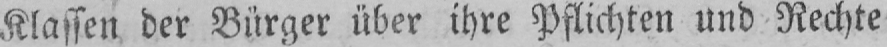
Klassen der Bürger über ihre Pflichten und Rechte